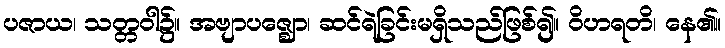
ပဇာယ၊ သတ္တဝါ၌။ အဗျာပဇ္ဈော၊ ဆင်ရဲခြင်းမရှိသည်ဖြစ်၍။ ဝိဟရတိ၊ နေ၏။